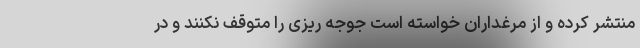
منتشر کرده و از مرغداران خواسته است جوجه ریزی را متوقف نکنند و در